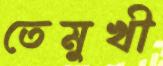
তেমুখী